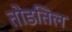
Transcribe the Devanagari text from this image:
तोडतिल